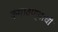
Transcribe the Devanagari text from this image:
कमावण्याची